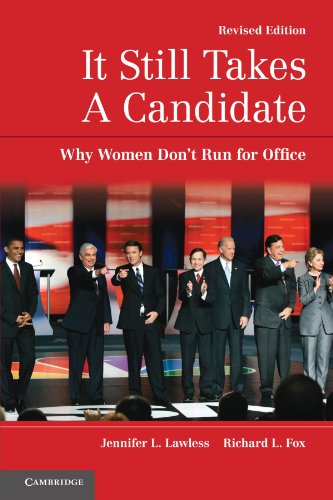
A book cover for It Still Takes A Candidate: Why Women Don't Run for Office; Jennifer L. Lawless; Politics & Social Sciences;